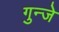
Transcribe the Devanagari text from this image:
गुन्जे